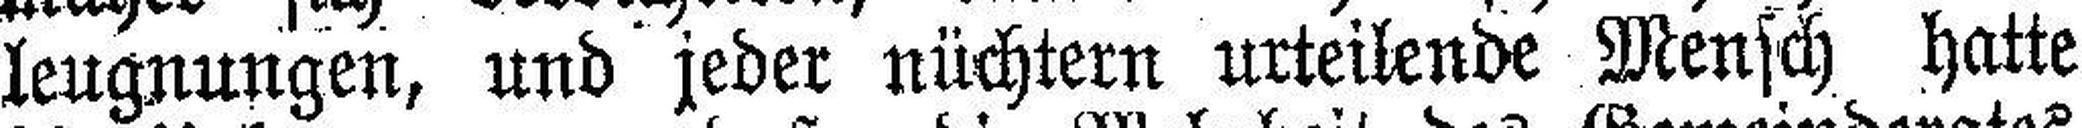
leugnungen, und jeder nüchtern urteilende Mensch hatte